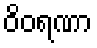
ဝိဝရဏာ